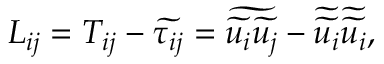
L _ { i j } = T _ { i j } - \widetilde { \tau _ { i j } } = \widetilde { \widetilde { u _ { i } } \widetilde { u _ { j } } } - \widetilde { \widetilde { u _ { i } } } \widetilde { \widetilde { u _ { i } } } ,